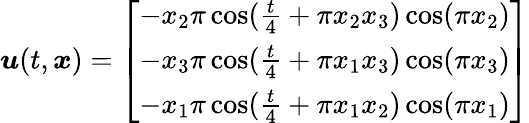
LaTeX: \boldsymbol{u}(t,\boldsymbol{x})=\left[\begin{array}{l}{-x_{2}\pi\cos(\frac{t}{4}+\pi x_{2}x_{3})\cos(\pi x_{2})}\\ {-x_{3}\pi\cos(\frac{t}{4}+\pi x_{1}x_{3})\cos(\pi x_{3})}\\ {-x_{1}\pi\cos(\frac{t}{4}+\pi x_{1}x_{2})\cos(\pi x_{1})}\end{array}\right]